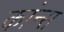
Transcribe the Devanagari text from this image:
कांन्स